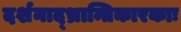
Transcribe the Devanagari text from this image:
दर्शनाद्भ्रान्तिकारकाः